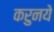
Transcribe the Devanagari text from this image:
करुनये